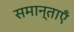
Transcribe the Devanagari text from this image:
समान्ताएँ